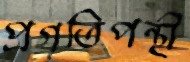
প্রগতিপন্থী